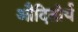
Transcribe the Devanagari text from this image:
औदितोर्य